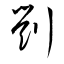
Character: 劉